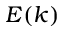
E ( k )